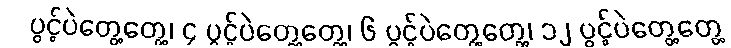
ပွင့်ပဲတွေ့တွေ့၊ ၄ ပွင့်ပဲတွေ့တွေ့၊ ၆ ပွင့်ပဲတွေ့တွေ့၊ ၁၂ ပွင့်ပဲတွေ့တွေ့